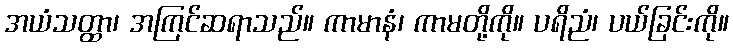
အယံသတ္ထာ၊ အကြင်ဆရာသည်။ ကာမာနံ၊ ကာမတို့ကို။ ပရိညံ၊ ပယ်ခြင်းကို။